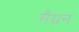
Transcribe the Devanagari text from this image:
मैग्नन